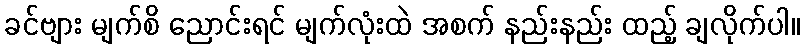
ခင်ဗျား မျက်စိ ညောင်းရင် မျက်လုံးထဲ အစက် နည်းနည်း ထည့် ချလိုက်ပါ။